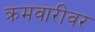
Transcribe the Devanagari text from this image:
क्रमवारीवर